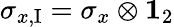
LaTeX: \sigma_{x,\mathrm{I}}=\sigma_{x}\otimes{\mathbf 1}_{2}